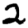
Digit: 2